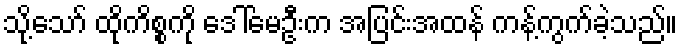
သို့သော် ထိုကိစ္စကို ဒေါ်မေဦးက အပြင်းအထန် ကန့်ကွက်ခဲ့သည်။